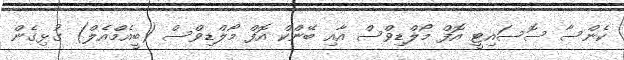
ކެންސާ ސޮސައިޓީ އޮފް މޯލްޑިވްސް އާއި ބޭންކް އޮފް މޯލްޑިވްސް (ބީއެމްއެލް) ގުޅިގެން